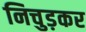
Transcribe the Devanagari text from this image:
निचुड़कर